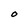
Character: O